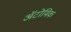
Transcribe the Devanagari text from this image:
ॲटोमिक